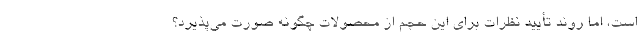
است، اما روند تأیید نظرات برای این حجم از محصولات چگونه صورت می‌پذیرد؟